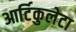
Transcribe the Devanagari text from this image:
आर्टिकुलेटा